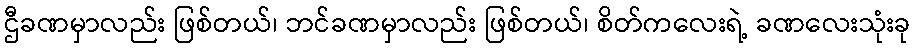
ဌီခဏမှာလည်း ဖြစ်တယ်၊ ဘင်ခဏမှာလည်း ဖြစ်တယ်၊ စိတ်ကလေးရဲ့ ခဏလေးသုံးခု